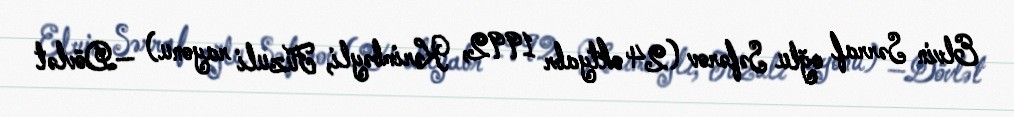
Elvin Sərraf oğlu Səfərov (24 oktyabr 1992, Kərimbəyli, Füzuli rayonu) —Dövlət